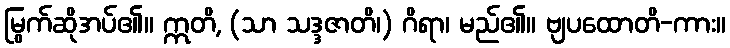
မြွက်ဆိုအပ်၏။ ဣတိ, (သာ သဒ္ဒဇာတိ၊) ဂိရာ၊ မည်၏။ ဗျပထောတိ-ကား။